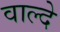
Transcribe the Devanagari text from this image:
वाल्दे